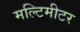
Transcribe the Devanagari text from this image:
मल्टिमीटर